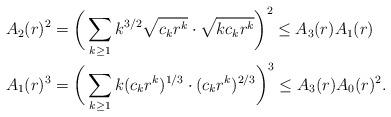
LaTeX: \begin{align*} A_2(r)^2 &= \bigg( \sum_{k\ge 1}k^{3/2} \sqrt{c_k r^k} \cdot \sqrt{kc_kr^k} \bigg)^2 \le A_3(r)A_1(r) \quad \\ A_1(r)^3 &= \bigg(\sum_{k\ge 1} k (c_kr^k)^{1/3} \cdot (c_kr^k)^{2/3} \bigg)^3 \le A_3(r) A_0(r)^2.\end{align*}